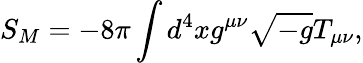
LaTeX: S_{M}=-8\pi\int d^{4}xg^{\mu\nu}\sqrt{-g}T_{\mu\nu},